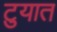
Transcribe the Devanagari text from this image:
टुयात